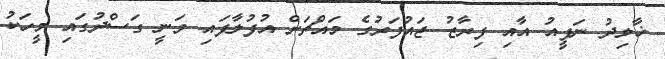
ޚާލިދު ނަފީއު އާއި ފިރާޒު ޖައުފަރުގެ މައްޗަށް އުފުލާފައި ވަނީ ގަސްދުގައި މީހަކު